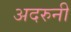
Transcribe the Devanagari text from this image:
अदरुनी